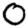
Digit: 0